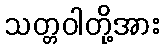
သတ္တဝါတို့အား